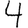
Digit: 4